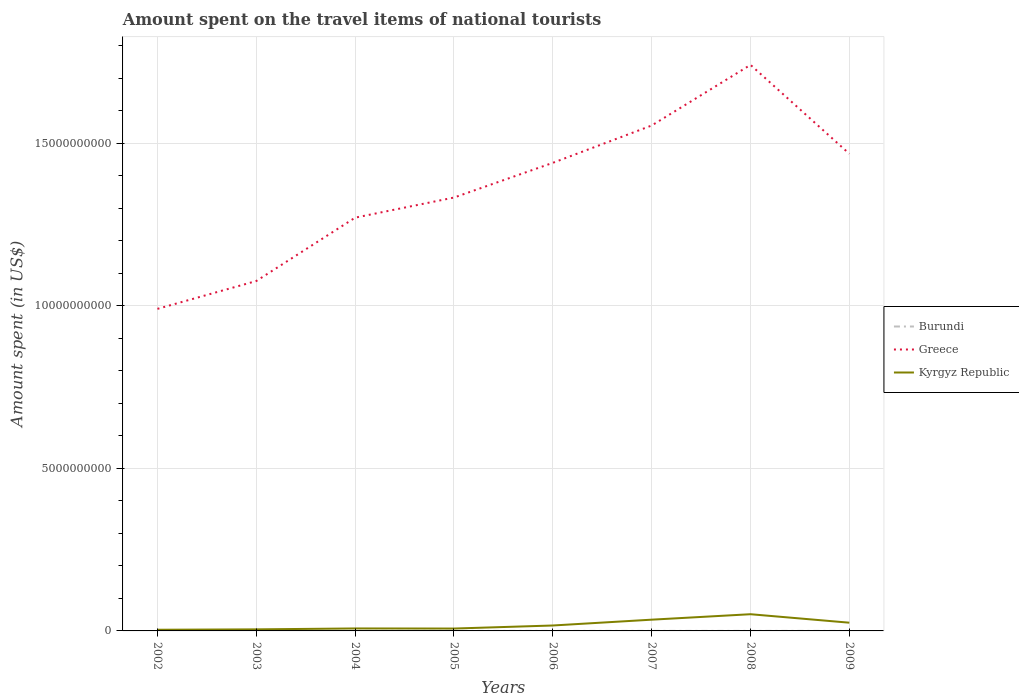
| Years | Burundi | Greece | Kyrgyz Republic |
 | --- | --- | --- | --- |
 | 2002 | 1.1e+06 | 9.91e+09 | 3.6e+07 |
 | 2003 | 7e+05 | 1.08e+10 | 4.8e+07 |
 | 2004 | 1.2e+06 | 1.27e+10 | 7.6e+07 |
 | 2005 | 1.5e+06 | 1.33e+10 | 7.3e+07 |
 | 2006 | 1.3e+06 | 1.44e+10 | 1.67e+08 |
 | 2007 | 1.3e+06 | 1.56e+10 | 3.46e+08 |
 | 2008 | 1.3e+06 | 1.74e+10 | 5.14e+08 |
 | 2009 | 1.5e+06 | 1.47e+10 | 2.53e+08 |